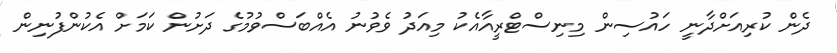
ދެން ކުރިއަށްދާނީ ހައުސިން މިނިސްޓްރީއާއެކު މިއަދު ވެވުނު އެއްބަސްވުމުގެ ދަށުން ކަމަށް އެކުންފުނިން